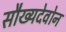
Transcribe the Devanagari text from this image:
सौख्यदेवोन